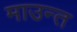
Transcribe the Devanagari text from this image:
माउन्त